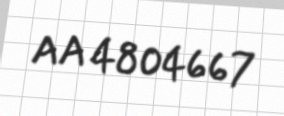
AA 4804667